Medical and sanitary report of the native army of Bengal for the year
Year: 1876
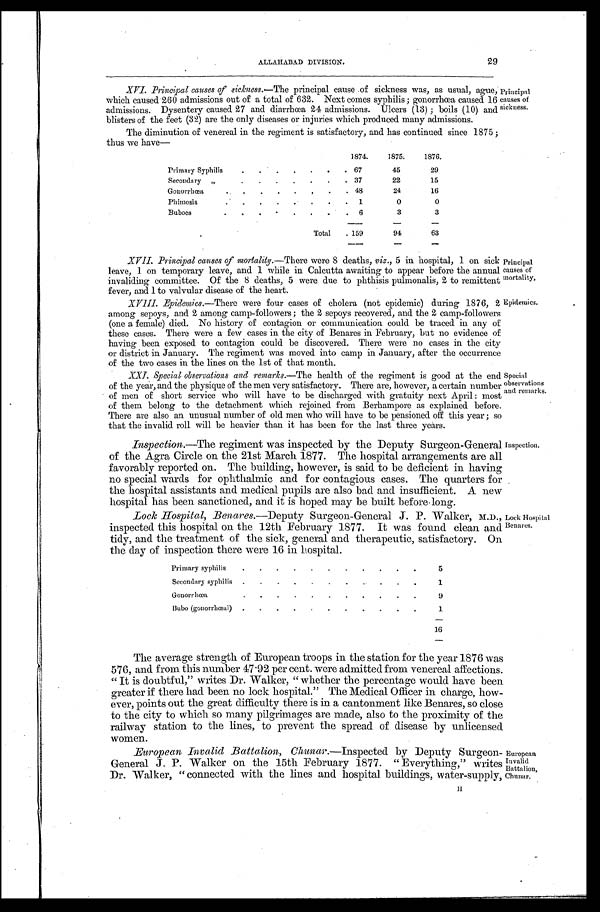
ALLAHABAD DIVISION.
29
XVI. Principal causes of sickness.— The principal cause of sickness was, as usual, ague,
which caused 260 admissions out of a total of 632. Next comes syphilis ; gonorrhœa caused 16
admissions. Dysentery caused 27 and diarrhœa 24 admissions. Ulcers (13); boils (10) and
blisters of the feet (32) are the only diseases or injuries which produced many admissions.
The diminution of venereal in the regiment is satisfactory, and has continued since 1875 ;
thus we have—
1874.
1875.
1876.
Primary Syphilis
.
. . .
. . . .
67
45
29
Secondary ,,
3 7
22
15
G o n o r r h œ a
48
24
16
Phimosis.
.
.
.
.
.
.
1
0
0
Buboes
•
•
•
•
6
3
3
Total
. 1 5 9
94
63
Principal
causes of
sickness.
XVII. Principal causes of mortality.—There were 8 deaths, viz., 5 in hospital, 1 on sick
leave, 1 on temporary leave, and 1 while in Calcutta awaiting to appear before the annual
invaliding committee. Of the 8 deaths, 5 were due to phthisis pulmonalis, 2 to remittent
fever, and 1 to valvular disease of the heart.
XVIII. Epidemics.—There were four cases of cholera (not epidemic) during 1876, 2
among sepoys, and 2 among camp-fol l owers ; t he 2 sepoys recovered, and t he 2 camp-fol l owers
(one a female) died. No history of contagion or communication could be traced in any of
these cases. There were a few cases in the city of Benares in February, but no evidence of
having been exposed to contagion could be discovered. There were no cases in the city
or district in January. The regiment was moved into camp in January, after the occurrence
of the two cases in the lines on the 1st of that month.
Principal
causes of
mortality,
Epidemics.
XXI. Special observations and remarks.—The health of the regiment is good at the end
of the year, and the physique of the men very satisfactory. There are, however, a certain number
of men of short service who will have to be discharged with gratuity next April : most
of them belong to the detachment which rejoined from Berhampore as explained before.
There are also an unusual number of old men who will have to be pensioned off this year ; so
that the invalid roll will be heavier than it has been for the last three years.
Inspection.—The regiment was inspected by the Deputy Surgeon-Genera]
of the Agra Circle on the 21st March 1877. The hospital arrangements are all
favorabl y report ed on. The bui l di ng, however, i s sai d t o be defi ci ent i n havi ng
no special wards for ophthalmic and for contagious cases. The quarters for
the hospital assistants and medical pupils are also bad and insufficient. A new
hospital has been sanctioned, and it is hoped may be built before long.
Lock Hospital, Benares.—Deputy Surgeon-General J. P. Walker, M.D.,
inspected this hospital on the 12th February 1877. It was found clean and
tidy, and the treatment of the sick, general and therapeutic, satisfactory. On
the day of inspection there were 16 in hospital.
Primary syphilis
. . . . . . . . . . .
5
Secondary syphilis .
.
.
,
.
.
.
..
.
.
.
1
Gonorr hœa.
.
.
.
.
.
.
.
.
.
.
9
Bubo (gonorrhœal) .
.
.
.
.
.
.
.
.
.
1
16
Special
observations
and remarks.
Inspection.
Lock Hospital
Benares.
The average strength of European troops in the station for the year 1876 was
576, and from this number 47.92 per cent. were admitted from venereal affections.
"It is doubtful," writes Dr. Walker, " whether the percentage would have been
greater if there had been no lock hospital." The Medical Officer in charge, how-
ever, points out the great difficulty there is in a cantonment like Benares, so close
to the city to which so many pilgrimages are made, also to the proximity of the
railway station to the lines, to prevent the spread of disease by unlicensed
women.
European Invalid Battalion, Chunar .—Inspected by Deputy Surgeon-
General J. P. Walker on the 15th February 1877. " Everything," writes
Dr. Walker, " connected with the lines and hospital buildings, water-supply,
H
European
In valid
Battalion,
Chunar.